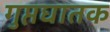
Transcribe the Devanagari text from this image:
गुप्तघातक